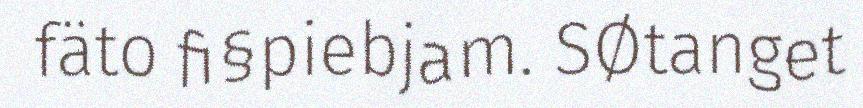
fäto fi§piebjam. SØtanget